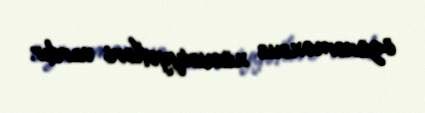
özünəməxsus xüsusiyyətləri vardır.